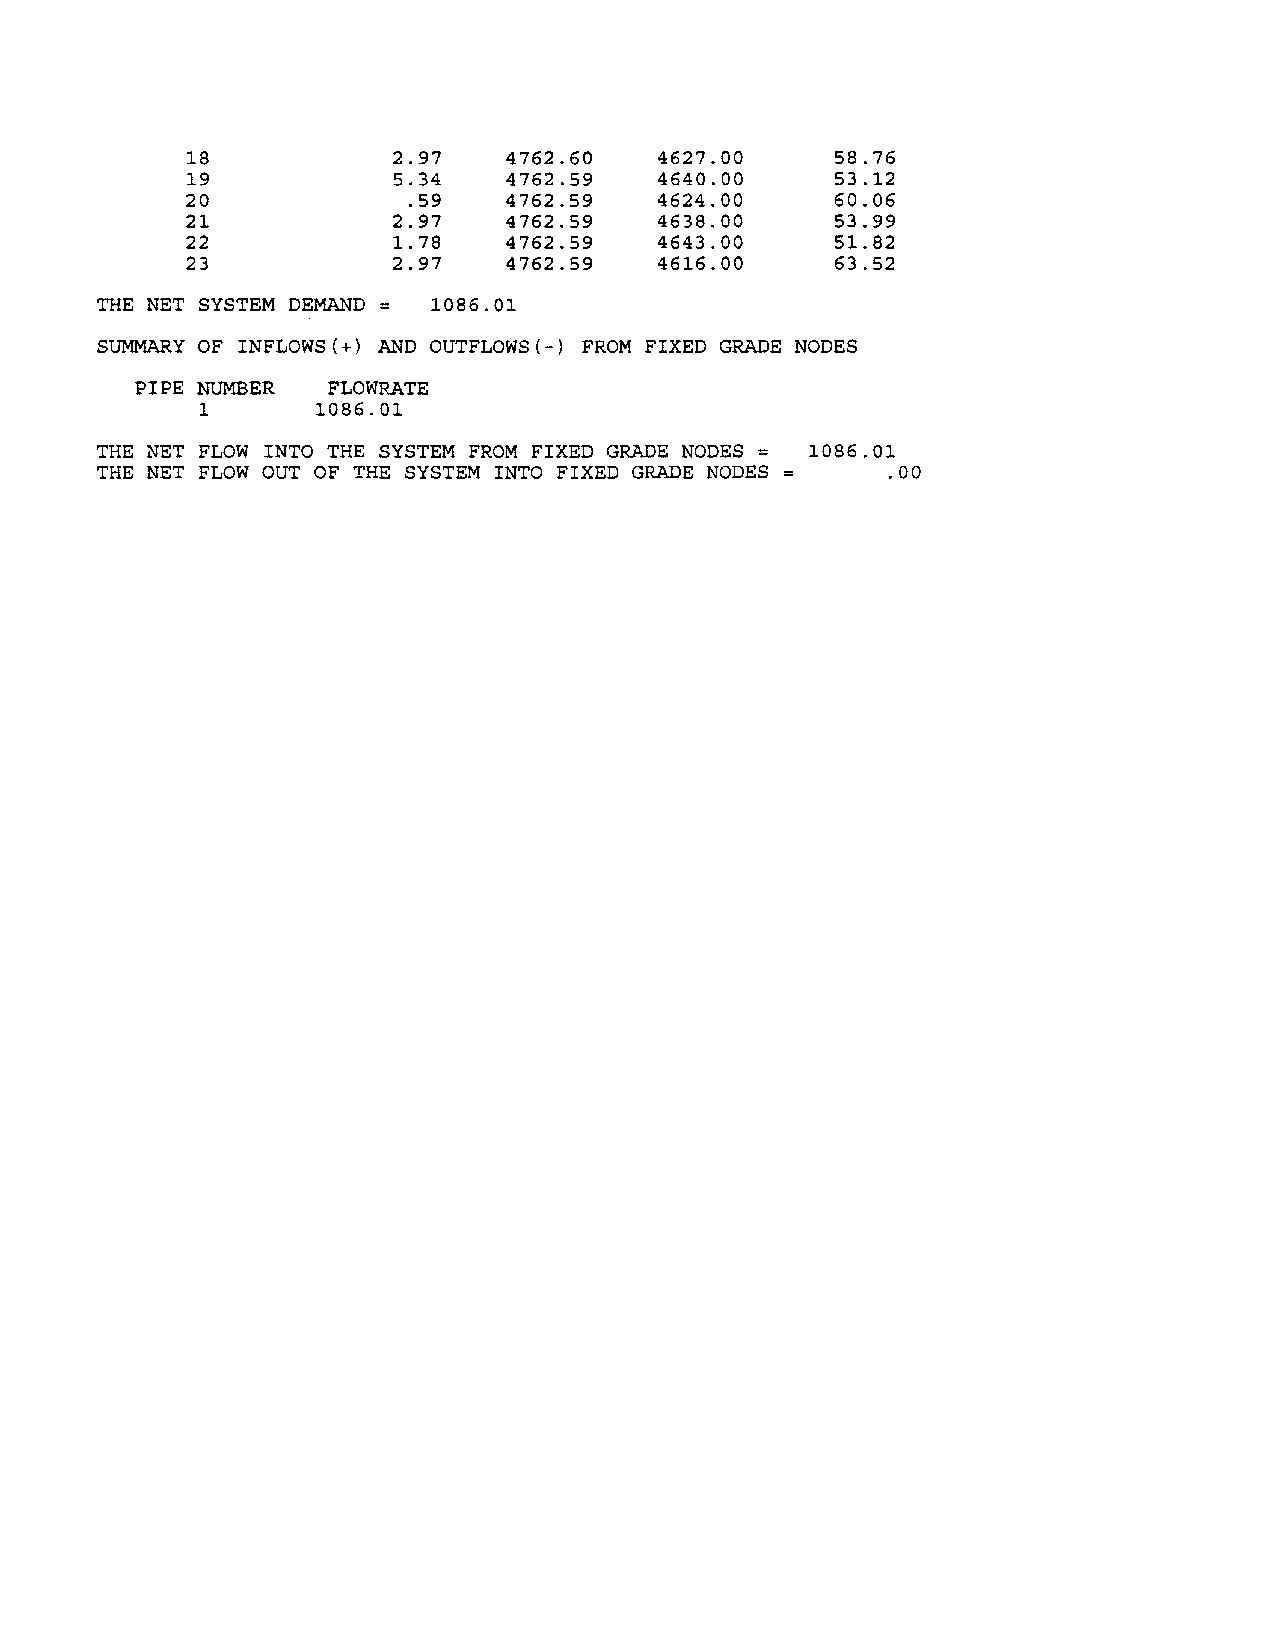
18           2.97    4762.60   4627.00    58.76
 19           5.34    4762.59   4640.00    53.12
 20            .59    4762.59   4624.00    60.06
 21           2.97    4762.59   4638.00    53.99
 22           1.78    4762.59   4643.00    51.82
 23           2.97    4762.59   4616.00    63.52
 THE NET SYSTEM DEMAND 1086.01
 SUMMARY OF INFLOWS(+) AND OUTFLOWS(-) FROM FIXED GRADE NODES
 PIPE NUMBER  FLOWRATE
 1       1086.01
 =
 THE NET FLOW INTO THE SYSTEM FROM FIXED GRADE NODES 1086.01
 THE NET FLOW OUT OF THE SYSTEM INTO FIXED GRADE NODES .00